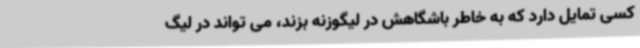
کسی تمایل دارد که به خاطر باشگاهش در لیگوزنه بزند، می تواند در لیگ